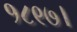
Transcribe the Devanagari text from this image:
१८९७।